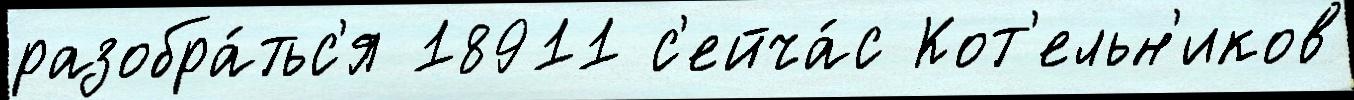
разобра́тьс'я 18911 с'ейча́с Кот'ельн'иков